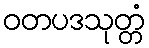
ဝတပဒသုတ္တံ